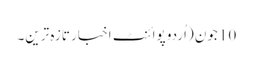
10 جون (اُردو پوائنٹ اخبار تازہ ترین۔